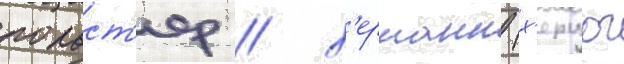
польст'ер / х'ерманн (х'ерцог